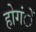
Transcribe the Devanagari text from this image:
होगंें